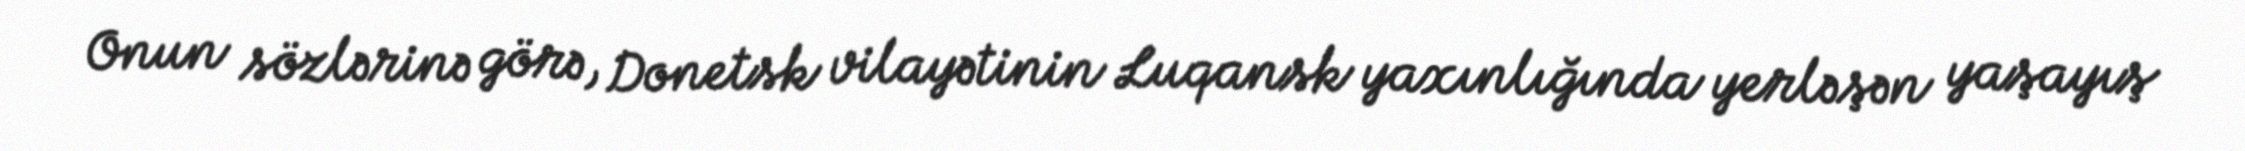
Onun sözlərinə görə, Donetsk vilayətinin Luqansk yaxınlığında yerləşən yaşayış